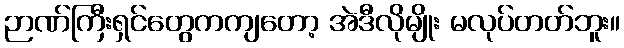
ဉာဏ်ကြီးရှင်တွေကကျတော့ အဲဒီလိုမျိုး မလုပ်တတ်ဘူး။